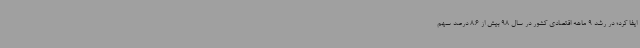
ایفا کرد؛ در رشد 9 ماهه اقتصادی کشور در سال 98 بیش از 8.6 درصد سهم